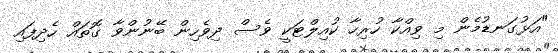
"އަޅުގަނޑުމެން މި ވިއްކާ ހުރިހާ ކުއިލްޓަކީ ވެސް ދިވެހިން ބޭނުންވާ ގޮތައް ހެދިފައި